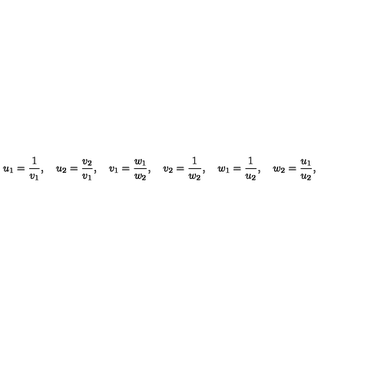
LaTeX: u _ { 1 } = { \frac { 1 } { v _ { 1 } } } , \quad u _ { 2 } = { \frac { v _ { 2 } } { v _ { 1 } } } , \quad v _ { 1 } = { \frac { w _ { 1 } } { w _ { 2 } } } , \quad v _ { 2 } = { \frac { 1 } { w _ { 2 } } } , \quad w _ { 1 } = { \frac { 1 } { u _ { 2 } } } , \quad w _ { 2 } = { \frac { u _ { 1 } } { u _ { 2 } } } ,